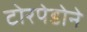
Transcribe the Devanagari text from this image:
टोरपेडोने